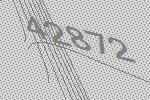
42872